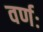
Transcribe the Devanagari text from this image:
वर्णः